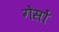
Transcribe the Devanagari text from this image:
गेसों